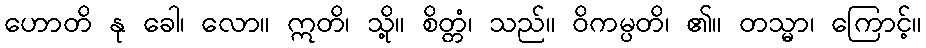
ဟောတိ နု ခေါ၊ လော။ ဣတိ၊ သို့။ စိတ္တံ၊ သည်။ ဝိကမ္ပတိ၊ ၏။ တသ္မာ၊ ကြောင့်။